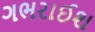
ગભરાઈશ